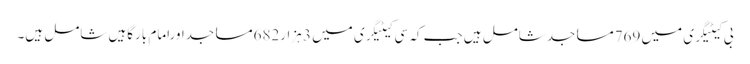
بی کیٹیگری میں 769مساجدشامل ہیں جب کہ سی کیٹیگری میں 3 ہزار682مساجداورامام بارگاہیں شامل ہیں۔